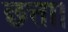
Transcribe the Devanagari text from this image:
छत्ता।